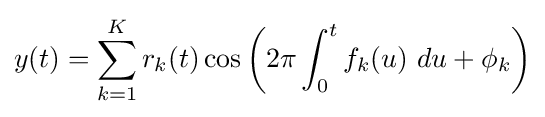
y(t)=\sum _{k=1}^{K}r_{k}(t)\cos \left(2\pi \int _{0}^{t}f_{k}(u)\ du+\phi _{k}\right)